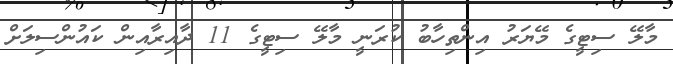
މާލޭ ސިޓީގެ މޭޔަރު އިންތިހާބު ކުރަނީ މާލޭ ސިޓީގެ 11 ދާއިރާއިން ކައުންސިލަށް